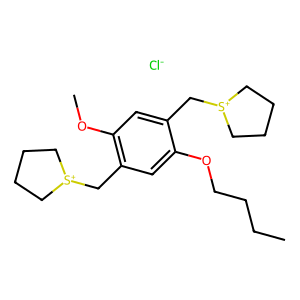
SMILES: CCCCOc1cc(C[S+]2CCCC2)c(OC)cc1C[S+]1CCCC1.[Cl-]
Inhibits HIV replication: No